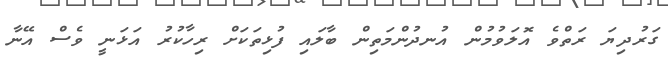
ގަރުދިޔަ ރަތްވެ އޮލަވުމުން އުނދުންމަތިން ބާލައި ފުޅިތަކަށް ރިހާކުރު އަަޅަނީ ވެސް އޭނާ